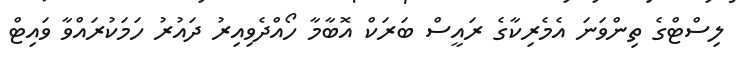
ލިސްޓްގެ ތިންވަނަ އެމެރިކާގެ ރައީސް ބަރަކް އޮބާމާ ހޯއްދެވިއިރު ދައުރު ހަމަކުރައްވާ ވައިޓް